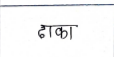
मजकूर: ढाका